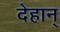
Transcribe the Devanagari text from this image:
देहान्